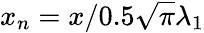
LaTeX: x_{n}=x/0.5\sqrt{\pi}\lambda_{1}